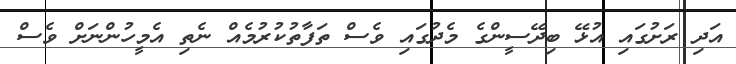
އަދި ރަށުގައި އުޅޭ ބިދޭސީންގެ މެދުގައި ވެސް ތަފާތުކުރުމެއް ނެތި އެމީހުންނަށް ވެސް